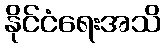
နိုင်ငံရေးအသိ